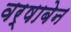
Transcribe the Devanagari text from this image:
वर्षाबेन